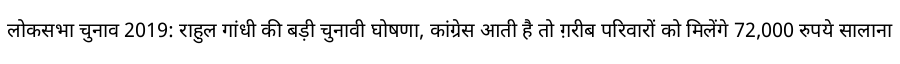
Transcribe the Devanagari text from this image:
लोकसभा चुनाव 2019: राहुल गांधी की बड़ी चुनावी घोषणा, कांग्रेस आती है तो ग़रीब परिवारों को मिलेंगे 72,000 रुपये सालाना